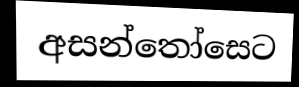
අසන්තෝසෙට